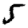
Digit: 5